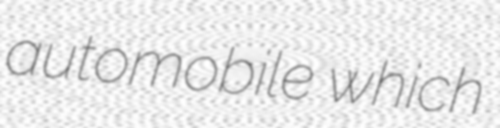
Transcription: automobile which